Indian journal of veterinary science and animal husbandry - Volumes 18-21, 1948-1951
Year: 1948
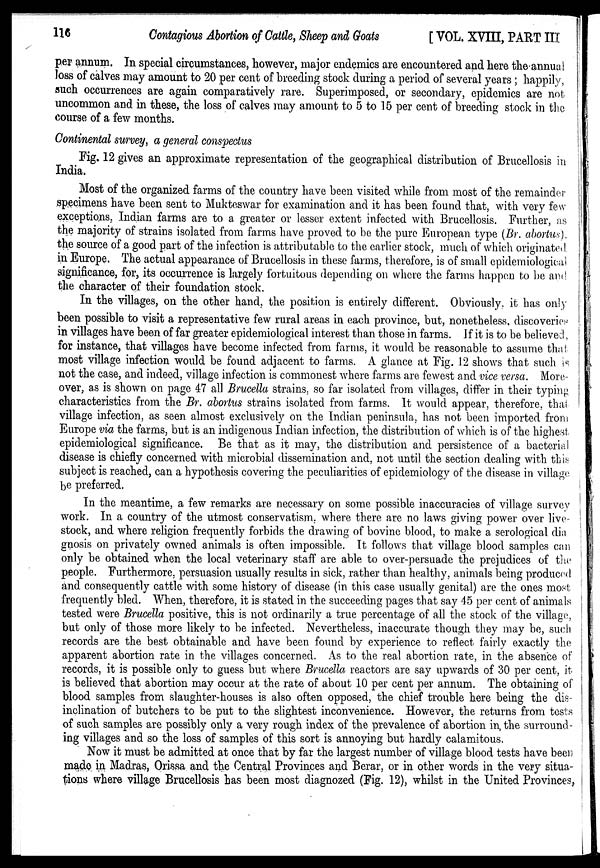
116
Contagious Abortion of Cattle, Sheep and Goats
[VOL. XVIII, PART III
per annum. In special circumstances, however, major endemics are encountered and here the annual
loss of calves may amount to 20 per cent of breeding stock during a period of several years; happily,
such occurrences are again comparatively rare. Superimposed, or secondary, epidemics are not
uncommon and in these, the loss of calves may amount to 5 to 15 per cent of breeding stock in the
course of a few months.
Continental survey, a general conspectus
Fig. 12 gives an approximate representation of the geographical distribution of Brucellosis in
India.
Most of the organized farms of the country have been visited while from most of the remainder
specimens have been sent to Mukteswar for examination and it has been found that, with very few
exceptions, Indian farms are to a greater or lesser extent infected with Brucellosis. Further, as
the majority of strains isolated from farms have proved to be the pure European type (Br. abortus)
the source of a good part of the infection is attributable to the earlier stock, much of which originated
in Europe. The actual appearance of Brucellosis in these farms, therefore, is of small epidemiological
significance, for, its occurrence is largely fortuitous depending on where the farms happen to be and
the character of their foundation stock.
In the villages, on the other hand, the position is entirely different. Obviously, it has only
been possible to visit a representative few rural areas in each province, but, nonetheless, discoveries
in villages have been of far greater epidemiological interest than those in farms. If it is to be believed,
for instance, that villages have become infected from farms, it would be reasonable to assume that
most village infection would be found adjacent to farms. A glance at Fig. 12 shows that such is
not the case, and indeed, village infection is commonest where farms are fewest and vice versa. More-
over, as is shown on page 47 all Brucella strains, so far isolated from villages, differ in their typing
characteristics from the Br. abortus strains isolated from farms. It would appear, therefore, that
village infection, as seen almost exclusively on the Indian peninsula, has not been imported from
Europe via the farms, but is an indigenous Indian infection, the distribution of which is of the highest
epidemiological significance. Be that as it may, the distribution and persistence of a bacterial
disease is chiefly concerned with microbial dissemination and, not until the section dealing with this
subject is reached, can a hypothesis covering the peculiarities of epidemiology of the disease in village
be preferred.
In the meantime, a few remarks are necessary on some possible inaccuracies of village survey
work. In a country of the utmost conservatism, where there are no laws giving power over live-
stock, and where religion frequently forbids the drawing of bovine blood, to make a serological dia
gnosis on privately owned animals is often impossible. It follows that village blood samples can
only be obtained when the local veterinary staff are able to over-persuade the prejudices of the
people. Furthermore, persuasion usually results in sick, rather than healthy, animals being produced
and consequently cattle with some history of disease (in this case usually genital) are the ones most
frequently bled. When, therefore, it is stated in the succeeding pages that say 45 per cent of animals
tested were Brucella positive, this is not ordinarily a true percentage of all the stock of the village,
but only of those more likely to be infected. Nevertheless, inaccurate though they may be, such
records are the best obtainable and have been found by experience to reflect fairly exactly the
apparent abortion rate in the villages concerned. As to the real abortion rate, in the absence of
records, it is possible only to guess but where Brucella reactors are say upwards of 30 per cent, it
is believed that abortion may occur at the rate of about 10 per cent per annum. The obtaining of
blood samples from slaughter-houses is also often opposed, the chief trouble here being the dis-
inclination of butchers to be put to the slightest inconvenience. However, the returns from tests
of such samples are possibly only a very rough index of the prevalence of abortion in the surround-
ing villages and so the loss of samples of this sort is annoying but hardly calamitous.
Now it must be admitted at once that by far the largest number of village blood tests have been
made in Madras, Orissa and the Central Provinces and Berar, or in other words in the very situa-
tions where village Brucellosis has been most diagnozed (Fig. 12), whilst in the United Provinces,